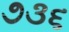
૭૩૬